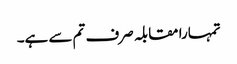
تمہارا مقابلہ صرف تم سے ہے۔